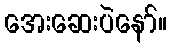
အေးဆေးပဲနော်။